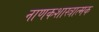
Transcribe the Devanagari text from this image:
नाणकशास्त्रात्मक